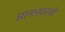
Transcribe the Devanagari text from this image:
ज्ञानासारखे